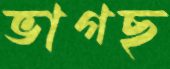
ভাগছ